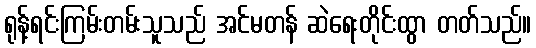
ရုန့်ရင်းကြမ်းတမ်းသူသည် အင်မတန် ဆဲရေးတိုင်းထွာ တတ်သည်။